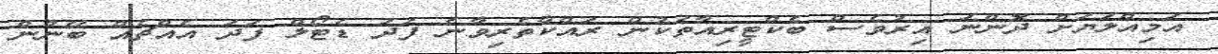
އަމިއްލަޔަށް ދޮންނަ އިރުވެސް ބެކްޓީރިއާތަކުން ރައްކާތެރިވާނެ ފަދަ ޑެޓޯލް ފަދަ އެއްޗެއް ބޭނުން